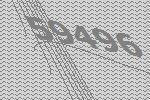
59496